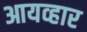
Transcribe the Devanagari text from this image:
आयव्हार